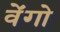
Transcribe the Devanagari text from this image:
वेंगो